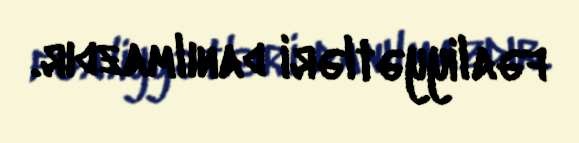
fəaliyyətləri danılmazdır.